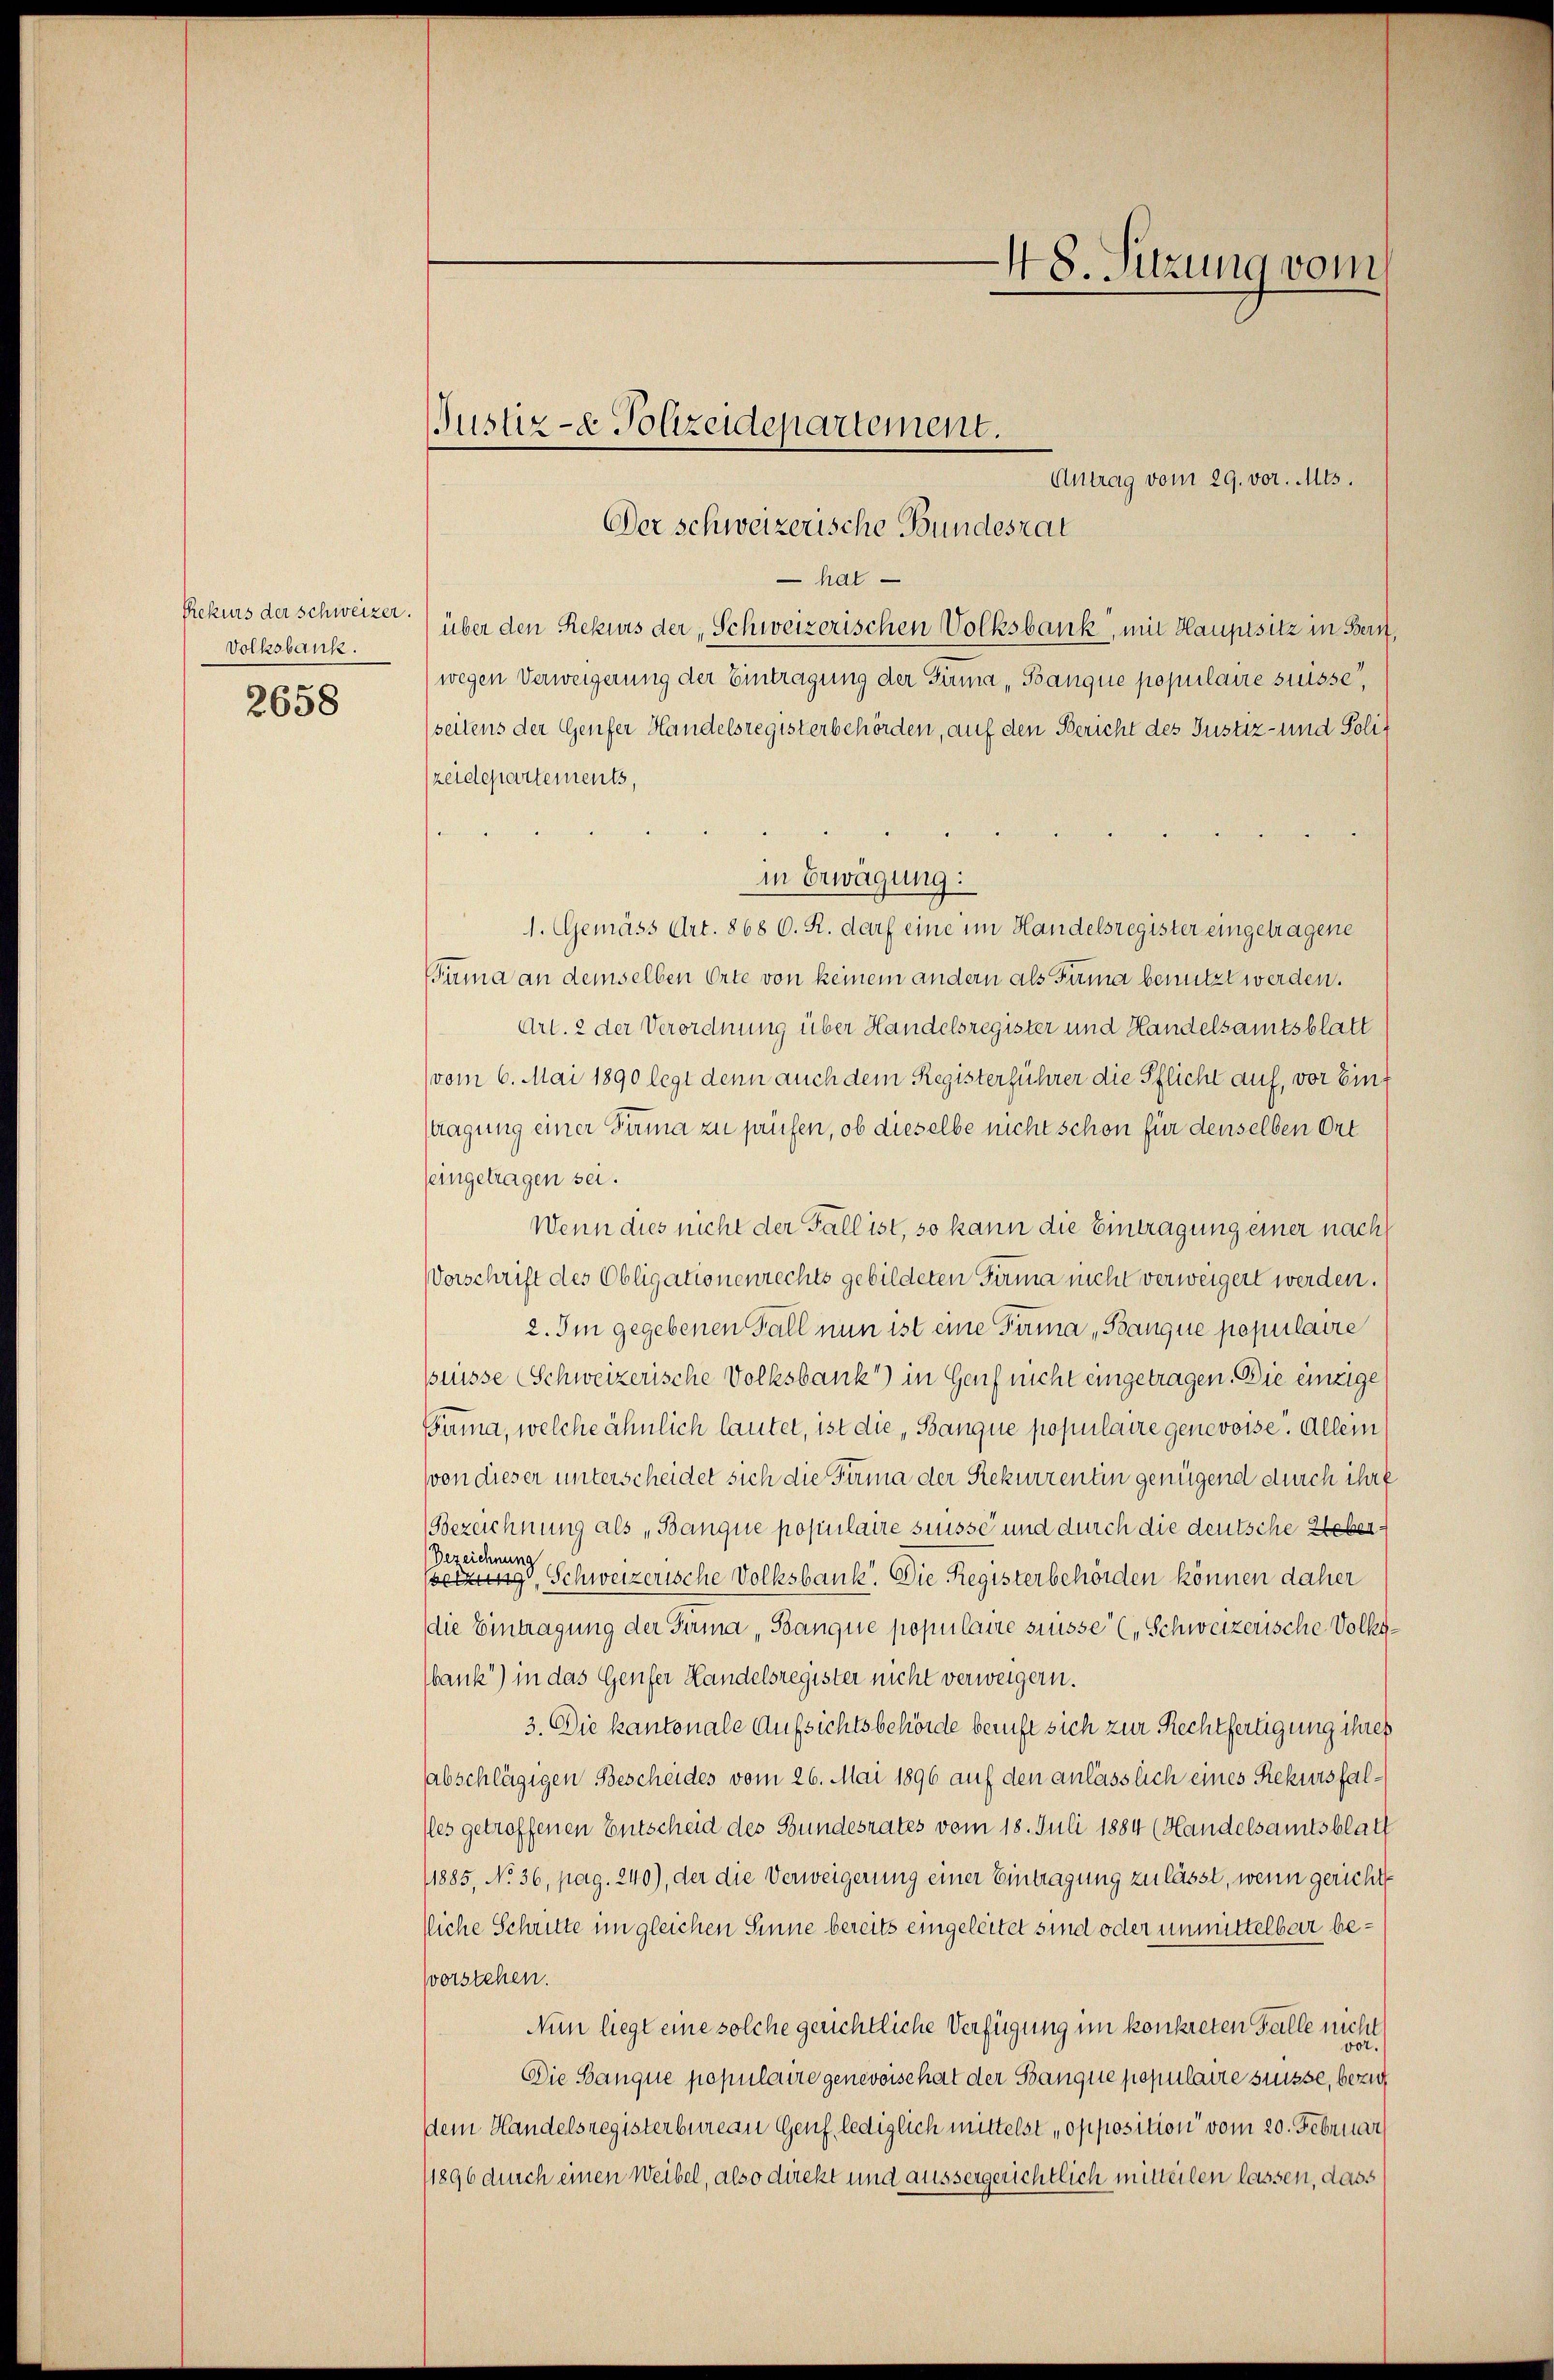
Volksbank.
2658

Justiz- & Polizeidepartement.

48. Sitzung vom

Der schweizerische Bundesrat
hal
Rekurs der schweizer.) über den Rekurs der „Schweizerischen Volksbank, mit Hauptsitz in Bern,
(wegen Verweigerung der Eintragung der Firma „Banque populaire suisse,
seitens der Genfer Handelsregisterbehörden, auf den Bericht des Justiz- und Polizeidepartements,
in Erwägung:
1. Gemäss Art. 868 C. R. darf eine im Handelsregister eingetragene
Puma an demselben Orte von keinem andern als Fuma benutzt werden.
Art. 2 der Verordnung über Handelsregister und Handelsamtsblatt
(vom 6. Mai 1890 legt denn auch dem Registerführer die Pflicht auf, vor Einf
tragung einer Summa zu prüfen, ob dieselbe nicht schon für denselben Ort
seingetragen sei.
Wenn dies nicht der Fall ist, so kann die Eintragung einer nach
Vorschrift des Obligationenrechts gebildeten Firma nicht verweigert werden.
2. Im gegebenen Fall nun ist eine Firma Banque populaire
plisse (Schweizerische Volksbank“) in Genf nicht eingetragen. Die einzige
Bama, welche ähnlich lautet, ist die „Banque populaire genevoise. Allein
von dieser unterscheidet sich die Firma der Rekurrentin genügend durch ihre
Bezeichnung als „Banque populaire süsse und durch die deutsche Heber¬
Bezeichnung
setzung, Schweizerische Volksbank. Die Registerbehörden können daher
die Eintragung der Tuma, Banque populaire süsse („Schweizerische Volksbank“) in das Genfer Handelsregister nicht verweigern.
3. Die kantonale Aufsichtsbehörde beruft sich zur Rechtfertigung ihres
sabschlägigen Bescheides vom 26. Mai 1896 auf den anlässlich eines Rekursfal¬
Ples getroffenen Entscheid des Bundesrates vom 18. Juli 1884 (Handelsamtsblatt
1885, No 36, pag. 240), der die Verweigerung einer Eintragung zulässt, wenn gericht
liche Schritte im gleichen Sinne bereits eingeleitet sind oder unmittelbar bevorstehen.
Nun liegt eine solche gerichtliche Verfügung im konkreten Fälle nicht
Die Banque populaire genevoise hat der Banque populaire suisse, bezie
Dein Handelsregisterbureau Genf, lediglich mittelst „opposition vom 20. Februar
1896 durch einen Weibel, also direkt und aussergerichtlich mitteilen lassen, dass

Antrag vom 29. vor. Mts.